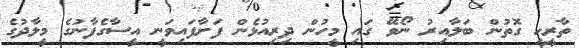
ތާރީހީ ގޮތުން ބަލާއިރު ނޯވޭ ގައި މީހުން ދިރިއުޅެން ފަށާފައިވަނީ އީސާގެފާނުގެ މީލާދުގެ